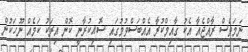
ނަމަވެސް ރާއްޖެއާ އެކު ގާއިމްކުރާ އެއްބަސްވުމުގައި ސޮއިކުރާނީ ކޮން އިރަކު ކަމެއް ނޫހަކުން